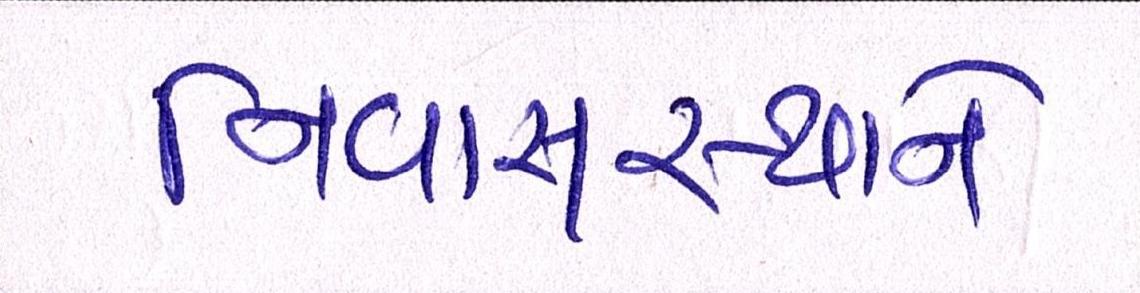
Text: નિવાસસ્થાને